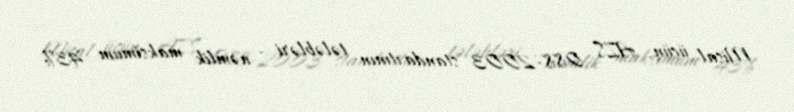
Misal üçün, AZS 088-2003 standartının tələbləri - nəmlik maksimum 43%